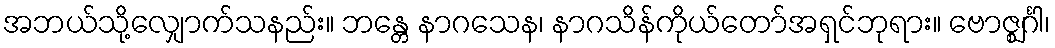
အဘယ်သို့လျှောက်သနည်း။ ဘန္တေ နာဂသေန၊ နာဂသိန်ကိုယ်တော်အရှင်ဘုရား။ ဗောဇ္ဈင်္ဂါ၊